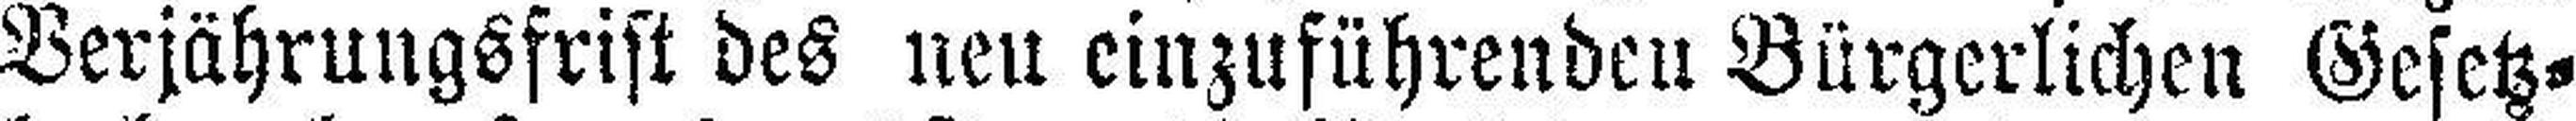
Verjährungsfrist des neu einzuführenden Bürgerlichen Gesetz¬